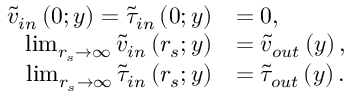
\begin{array} { r l } { \widetilde { v } _ { i n } \left( 0 ; y \right) = \widetilde { \tau } _ { i n } \left( 0 ; y \right) } & { = 0 , } \\ { \operatorname* { l i m } _ { r _ { s } \to \infty } \widetilde { v } _ { i n } \left( r _ { s } ; y \right) } & { = \widetilde { v } _ { o u t } \left( y \right) , } \\ { \operatorname* { l i m } _ { r _ { s } \to \infty } \widetilde { \tau } _ { i n } \left( r _ { s } ; y \right) } & { = \widetilde { \tau } _ { o u t } \left( y \right) . } \end{array}